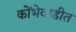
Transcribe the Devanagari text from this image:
कोंभेवाडीत